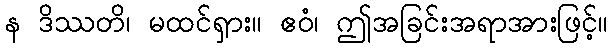
န ဒိဿတိ၊ မထင်ရှား။ ဧဝံ၊ ဤအခြင်းအရာအားဖြင့်။